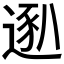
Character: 𫐴